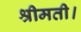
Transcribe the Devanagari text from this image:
श्रीमती।